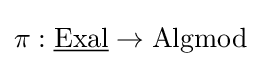
\pi :{\underline {\text{Exal}}}\to {\text{Algmod}}